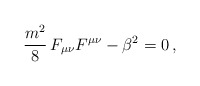
\begin{align*}\frac{m^2}{8}\,F_{\mu\nu}F^{\mu\nu} - \beta^2 = 0\,,\end{align*}